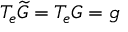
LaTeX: T _ { e } { \widetilde { G } } = T _ { e } G = { \mathfrak { g } }